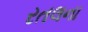
રતલના